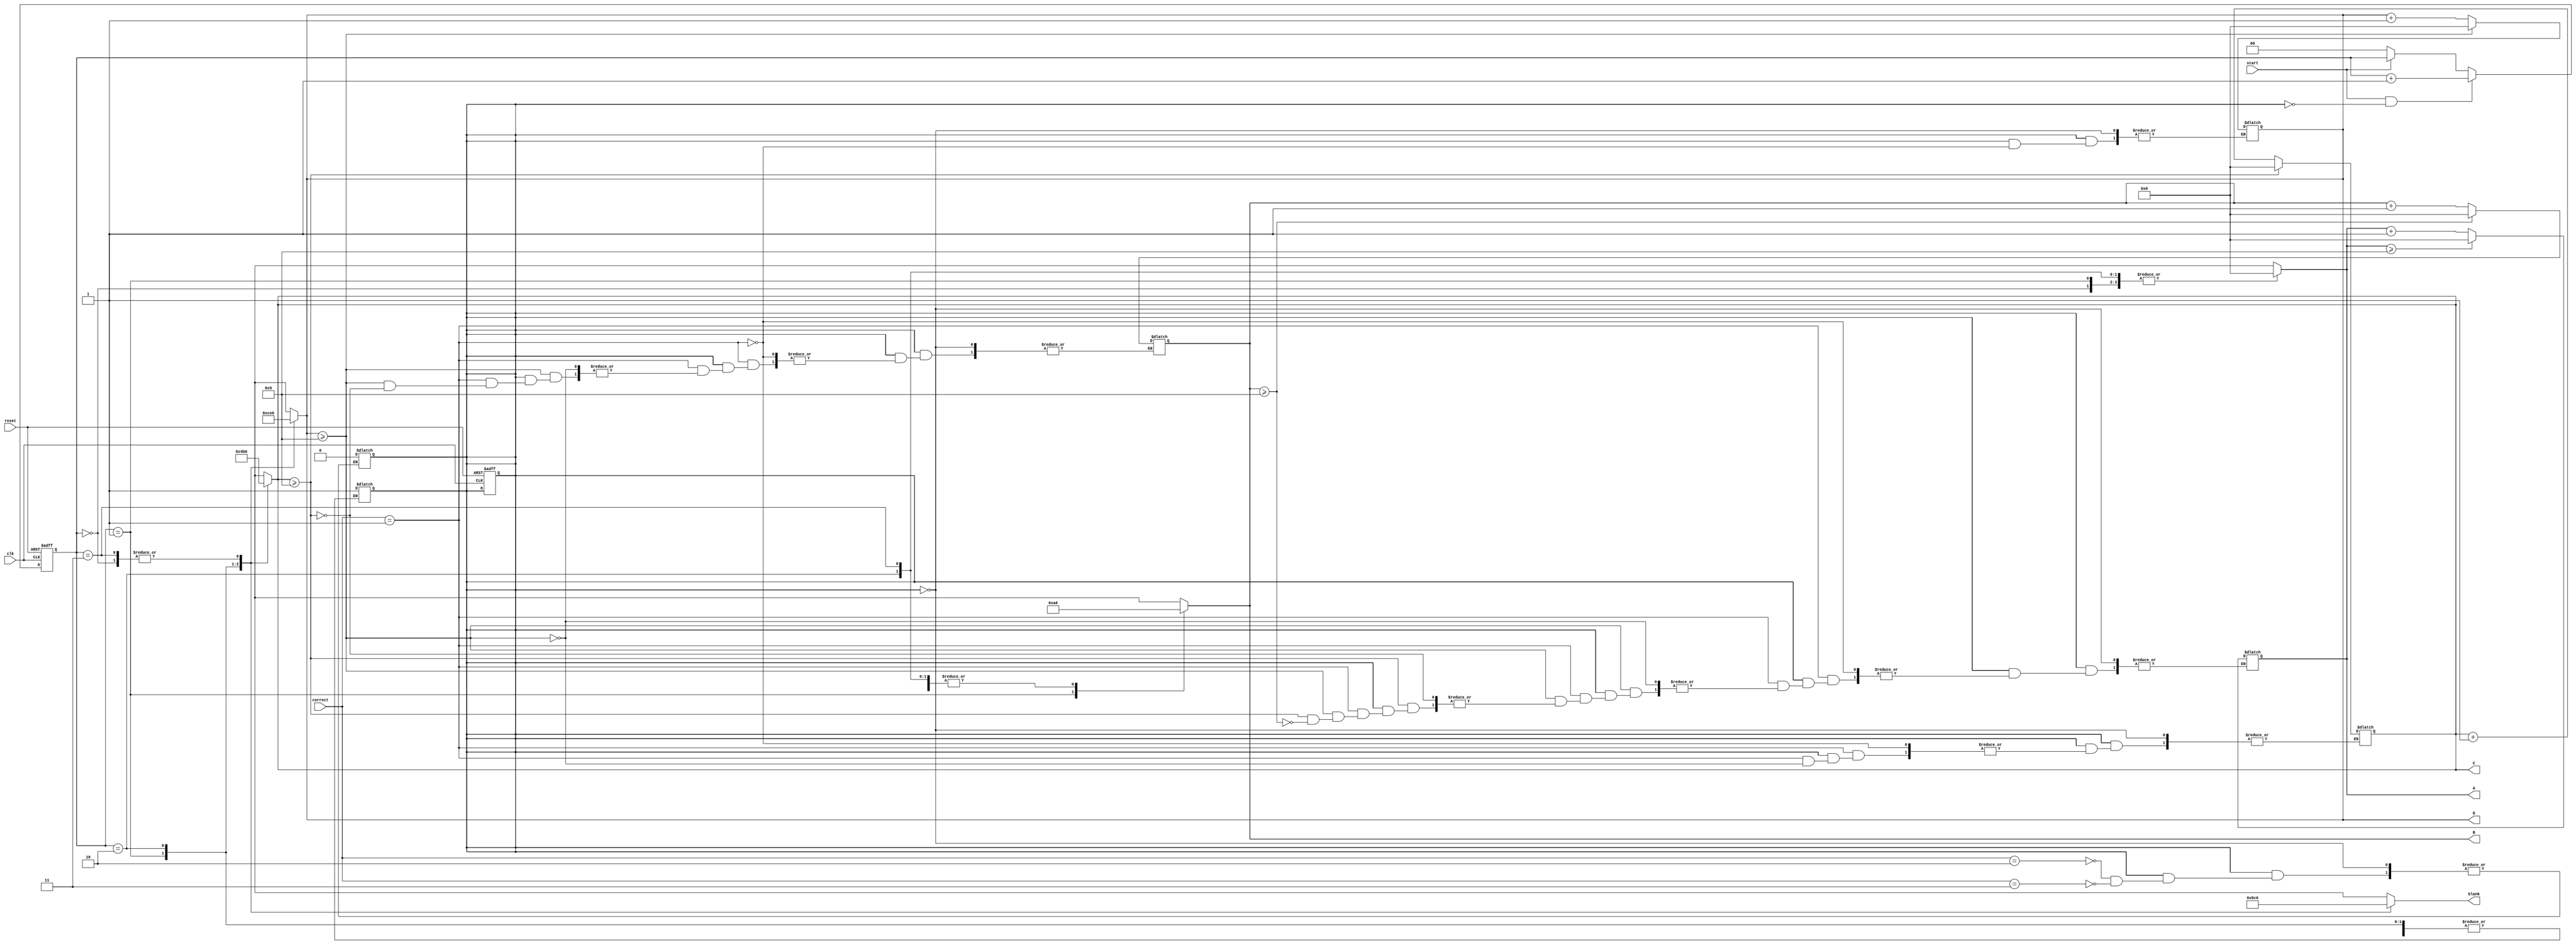
module rdysetgo (A, B, C, D, blank, correct, start, clk, reset);
	output reg [3:0] A, B, C, D, blank;
	input start, clk, reset;
	input [1:0] correct;
	reg [1:0] ctime;
	reg ShowScore;
	//reg [7:0] score, finalScore;
	
	always @ (posedge clk or posedge reset) begin  
		if (reset)
		begin
			ctime <= 0;	
			ShowScore <= 0;
		end		
	    else if (start && !ShowScore)
			ctime <= ctime + 1;
		else if (!start)
			ctime <= 0;
	    
	end
	
	always @ (start or ctime) begin
		case(ctime) 
		2'b00: begin
			A = 4'b0000;
            B = 4'b0000;
            C = 4'b0000;
            D = 4'b0000;
            blank = 4'b0000;
		end		
		2'b01: begin
			A = 4'b0; 
			B = 4'b1010;
			C = 4'b0100;
			D = 4'b1100;
			blank = 4'b1000;
		end
		2'b10: begin
			A = 4'b0;
			B = 4'b0;
			C = 4'b1011;
			D = 4'b1110;
			blank = 4'b1100;
		end
		2'b11: begin
			
			A = 4'b0;
			B = 4'b0;
			C = 4'b0;
			D = 4'b0;
			blank = 4'b0000;
			ShowScore = 1;
		end
		default: begin
			A = 4'b0;
			B = 4'b0;
			C = 4'b0;
			D = 4'b0;
			blank = 4'b0000;
		end
	endcase
	end
	
	always @ (correct or ShowScore) begin
		if (ShowScore)
		begin
			case(correct) 	
				2'b01: begin //right
					if (D >= 9)
					begin
						if (C >= 9)
						begin
							if (B >= 9)
							begin
								if (A >= 9)
								begin
									A = 0;
									B = 0;
									C = 0;
									D = 0;
								end
								else
								begin
									A = A + 1;
									B = 0;
									C = 0;
									D = 0;
								end
							end
							else
							begin
								B = B+1;
								C = 0;
								D = 0;
							end
						end
						else 
						begin
							C = C + 1;
							D = 0;
						end
					end
					else
					begin
						D = D + 1;
					end
					
				end
				2'b10: begin //wrong
					//score = 0;
					ShowScore = 0;
				end
				2'b11: begin //time out
					//finalScore = score;
					//score = 0;
					ShowScore = 0;
					
				end
			endcase
			
		end
		
	end
	
	
endmodule